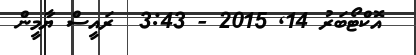
އޮކްޓޯބަރު 14